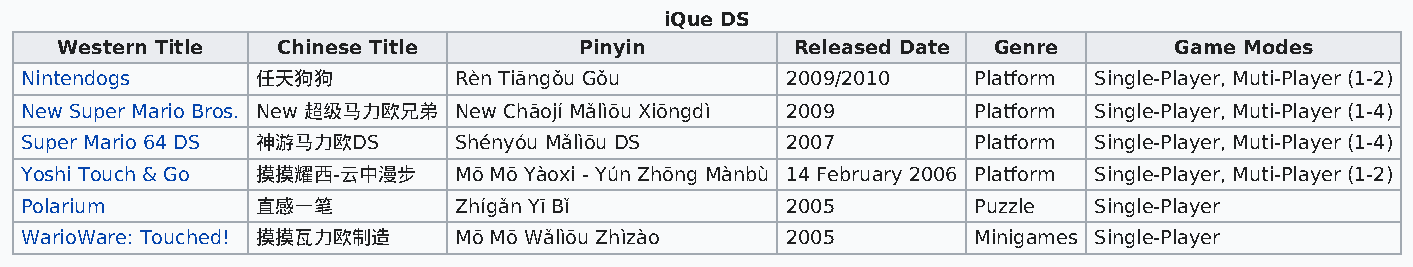
iQue DS
 Western Title Chinese Title       Pinyin         Released Date Genre      Game Modes
 Nintendogs      任天狗狗         Rèn Tiāngǒu Gǒu       2009/2010   Platform Single-Player, Muti-Player (1-2)
 New Super Mario Bros. New 超级马力欧兄弟 New Chāojí Mǎlìōu Xiōngdì 2009 Platform Single-Player, Muti-Player (1-4)
 Super Mario 64 DS 神游马力欧DS    Shényóu Mǎlìōu DS     2007        Platform Single-Player, Muti-Player (1-4)
 Yoshi Touch & Go 摸摸耀西-云中漫步   Mō Mō Yàoxi - Yún Zhōng Mànbù 14 February 2006 Platform Single-Player, Muti-Player (1-2)
 Polarium        直感一笔         Zhígǎn Yī Bǐ          2005        Puzzle  Single-Player
 WarioWare: Touched! 摸摸瓦力欧制造  Mō Mō Wǎlìōu Zhìzào   2005        Minigames Single-Player